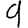
Digit: 9